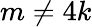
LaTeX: m\ne 4k